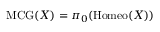
\mathrm { { M C G } } ( X ) = \pi _ { 0 } ( \mathrm { { H o m e o } } ( X ) )